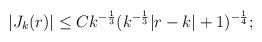
LaTeX: \begin{align*}|J_k(r)|\leq C k^{-\frac13}(k^{-\frac13}|r-k|+1)^{-\frac14};\end{align*}